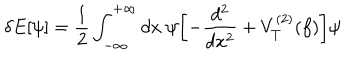
LaTeX: \delta E [ \psi ] = { \frac { 1 } { 2 } } \int _ { - \infty } ^ { + \infty } d x ~ \psi \biggl [ - { \frac { d ^ { 2 } } { d x ^ { 2 } } } + V _ { T } ^ { ( 2 ) } ( f ) \biggr ] \psi